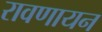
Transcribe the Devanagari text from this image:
रावणायन